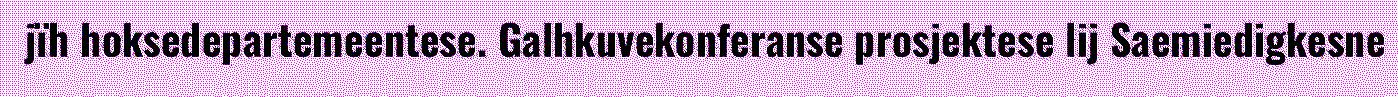
jïh hoksedepartemeentese. Galhkuvekonferanse prosjektese lij Saemiedigkesne